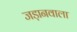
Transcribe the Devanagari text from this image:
जड़ानवाला